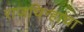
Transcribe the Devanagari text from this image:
राजचिन्हाचा